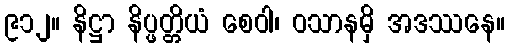
၉၁၂။ နိဋ္ဌာ နိပ္ဖတ္တိယံ စေဝါ၊ ဝသာနမှိ အဒဿနေ။